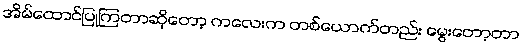
အိမ်ထောင်ပြုကြတာဆိုတော့ ကလေးက တစ်ယောက်တည်း မွေးတော့တာ